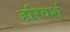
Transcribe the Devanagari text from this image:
हरिवशं